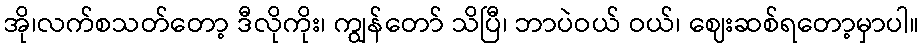
အို၊လက်စသတ်တော့ ဒီလိုကိုး၊ ကျွန်တော် သိပြီ၊ ဘာပဲဝယ် ဝယ်၊ ဈေးဆစ်ရတော့မှာပါ။